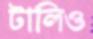
টালিও